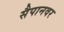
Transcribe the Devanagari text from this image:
सैपानवर